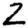
Digit: 2